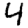
Digit: 4